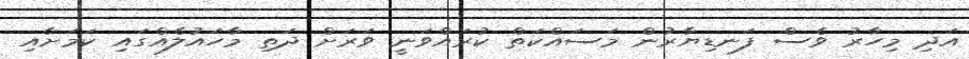
އަދި މިހާރު ވެސް ފަނޑިޔާރުން މަސައްކަތް ކުރައްވަނީ ވަރަށް ދަތި މާހައުލެއްގައި ކަމަށާއި